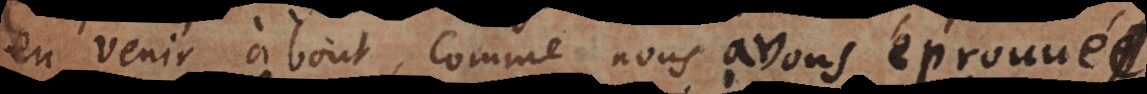
venir à bout, comme nous avons éprouvé